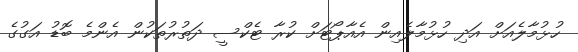
ހުޅުމާލެއަށް އަދި ހުޅުމާލެއިން އެއާޕޯޓަށް ކުރާ ޓެކްސީ ދަތުރުތަކުން އެންމެ ބޮޑު އަގުގެ